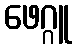
ဖေဂ္ဂူ